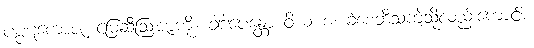
ပပ္ပဋကောဇံ၊ မြေဆီဩဇာကို။ ခါဒါပေန္တော ဝိယ စ၊ ခဲစေဘိသကဲ့သို့လည်းကောင်း။